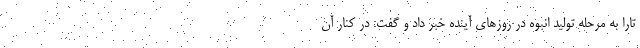
تارا به مرحله تولید انبوه در روزهای آینده خبر داد و گفت: در کنار آن